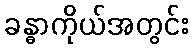
ခန္ဓာကိုယ်အတွင်း